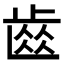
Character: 𮮽